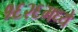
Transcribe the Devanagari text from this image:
१६२६मध्ये